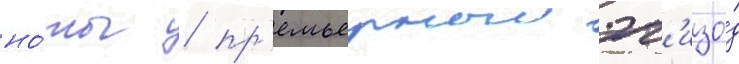
но́ты / пр'емьерныи эп'изо́д